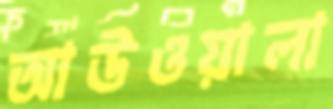
আউওয়ালা